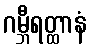
ဂမ္ဘီရတ္ထာနံ